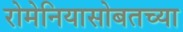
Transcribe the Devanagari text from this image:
रोमेनियासोबतच्या